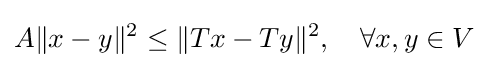
A\|x-y\|^{2}\leq \|Tx-Ty\|^{2},\quad \forall x,y\in V